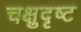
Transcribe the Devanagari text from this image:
चक्षुदृष्ट